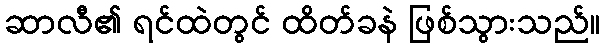
ဆာလီ၏ ရင်ထဲတွင် ထိတ်ခနဲ ဖြစ်သွားသည်။